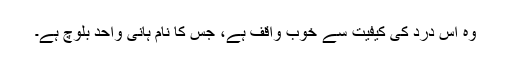
وہ اِس درد کی کیفیت سے خوب واقف ہے، جس کا نام ہانی واحد بلوچ ہے۔